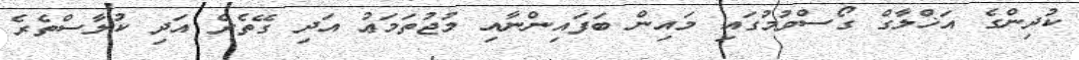
ކުދިންގެ އަޚްްލާގް ގޯސްވުމުގައި މައިން ބަފައިންނާއި މުޖުތަމަޢު އަދި ގޭތެރެ އަދި ކުލާސްތެރެ